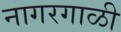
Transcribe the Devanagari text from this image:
नागरगाळी